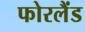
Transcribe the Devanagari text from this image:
फोरलैंड